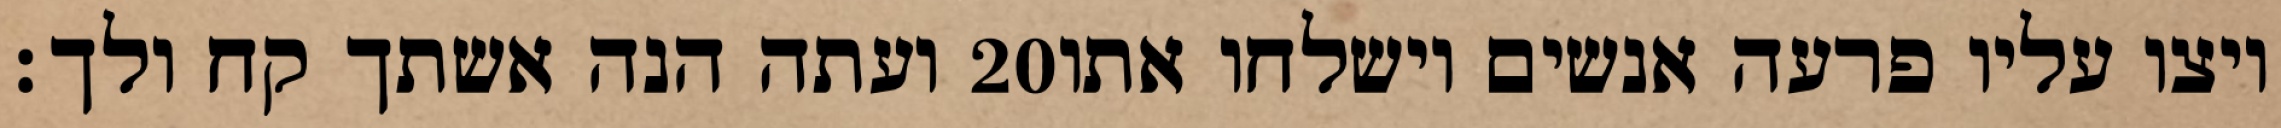
ועתה הנה אשתך קח ולך׃ ‎20‏ ויצו עליו פרעה אנשים וישלחו אתו